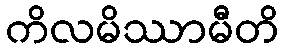
ကိလမိဿာမီတိ